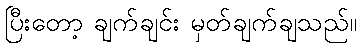
ပြီးတော့ ချက်ချင်း မှတ်ချက်ချသည်။